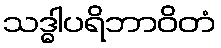
သဒ္ဓါပရိဘာဝိတံ